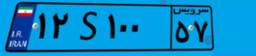
۱۲S۱۰۰۵۷